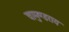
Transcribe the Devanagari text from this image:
चामुण्डराय